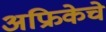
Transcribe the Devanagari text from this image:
अफ्रिकेचे